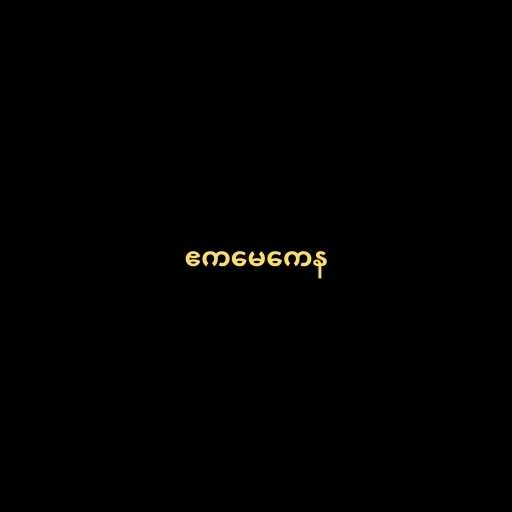
ဧကမေကေန